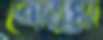
গোরখা